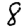
Digit: 8